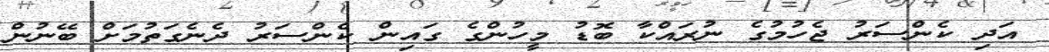
އަދި ކެންސަރު ޖެހުމުގެ ނުރައްކާ ބޮޑު މީހުންގެ ގައިން ކެންސަރު ދެނެގަތުމަށް ބޭނުން